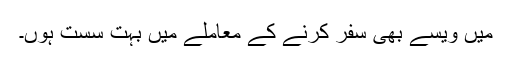
میں ویسے بھی سفر کرنے کے معاملے میں بہت سُست ہوں۔